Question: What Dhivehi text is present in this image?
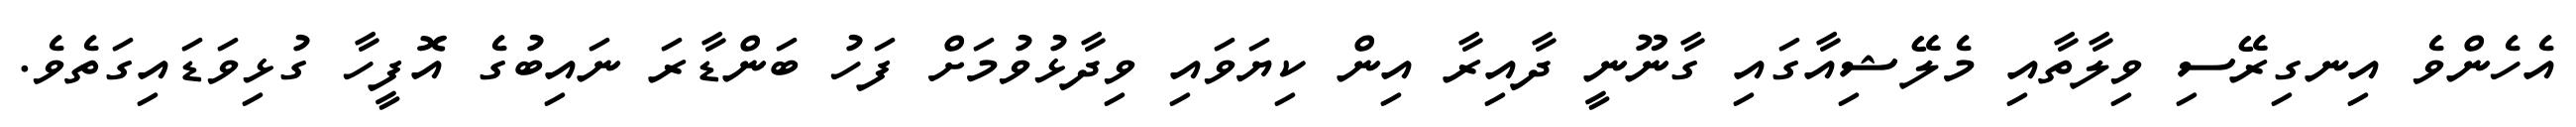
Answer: އެހެންވެ އިނގިރޭސި ވިލާތާއި މެލޭޝިއާގައި ގާނޫނީ ދާއިރާ އިން ކިޔަވައި ވިދާޅުވުމަށް ފަހު ބަންޑާރަ ނައިބުގެ އޮފީހާ ގުޅިވަޑައިގަތެވެ.